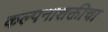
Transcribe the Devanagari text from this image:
कल्पनाशक्तीचा